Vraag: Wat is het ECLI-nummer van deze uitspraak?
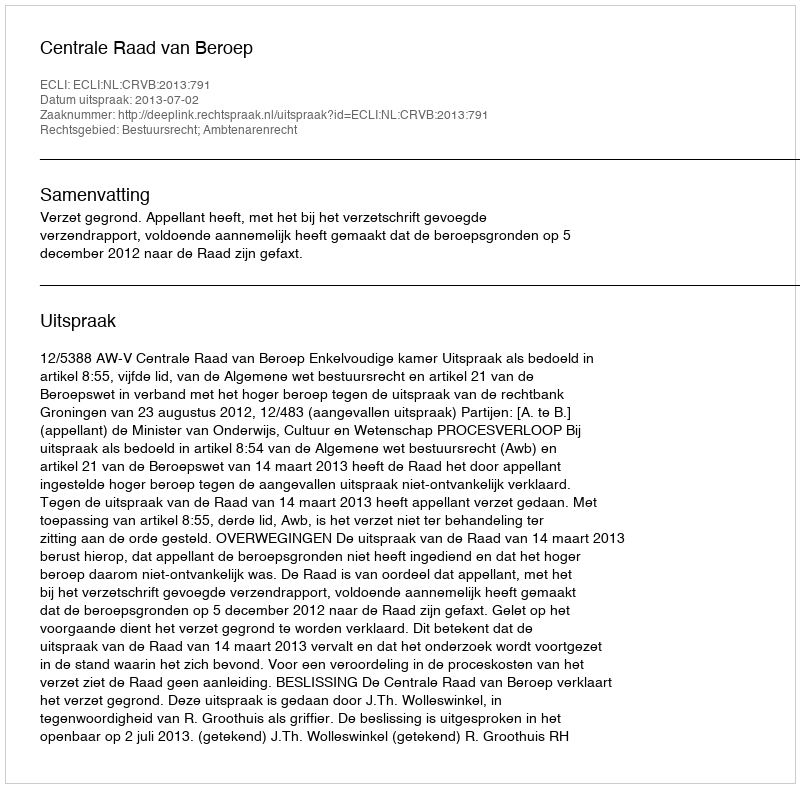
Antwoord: ECLI:NL:CRVB:2013:791